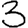
Digit: 3